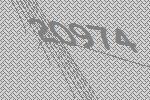
20974